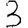
Digit: 3